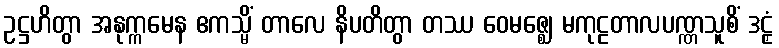
ဥဋ္ဌဟိတွာ အနုက္ကမေန ဧကသ္မိံ တာလေ နိပတိတွာ တဿ ဝေမဇ္ဈေ မကုဠတာလပဏ္ဏသူစိံ ဒဠှံ